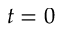
t = 0